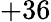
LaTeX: +36